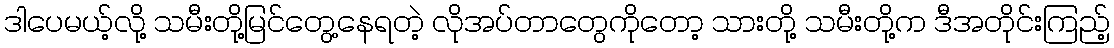
ဒါပေမယ့်လို့ သမီးတို့မြင်တွေ့နေရတဲ့ လိုအပ်တာတွေကိုတော့ သားတို့ သမီးတို့က ဒီအတိုင်းကြည့်